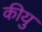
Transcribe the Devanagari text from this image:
कीयु